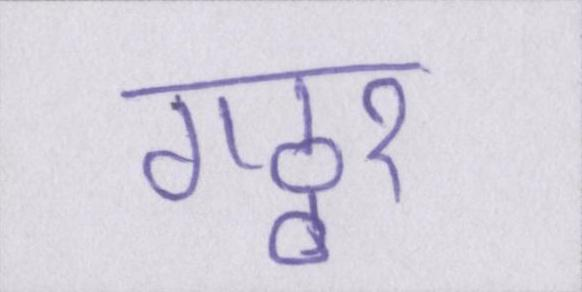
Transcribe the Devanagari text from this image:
गठ्ठर